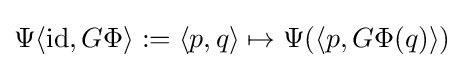
\Psi \langle \mathrm {id} ,G\Phi \rangle :=\langle p,q\rangle \mapsto \Psi (\langle p,G\Phi (q)\rangle )